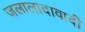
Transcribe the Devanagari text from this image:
जलालादावादी